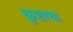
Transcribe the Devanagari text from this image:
कुशाचा